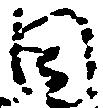
目